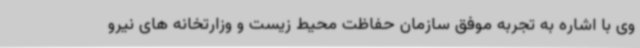
وی با اشاره به تجربه موفق سازمان حفاظت محیط زیست و وزارتخانه های نیرو